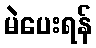
မဲပေးရန်